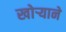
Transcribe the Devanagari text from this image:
खोऱ्याने